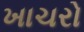
ખાચરો